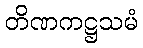
တိဏကဋ္ဌသမံ